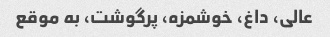
عالی، داغ، خوشمزه، پرگوشت، به موقع